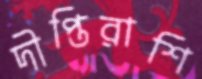
দীপ্তিরাশি